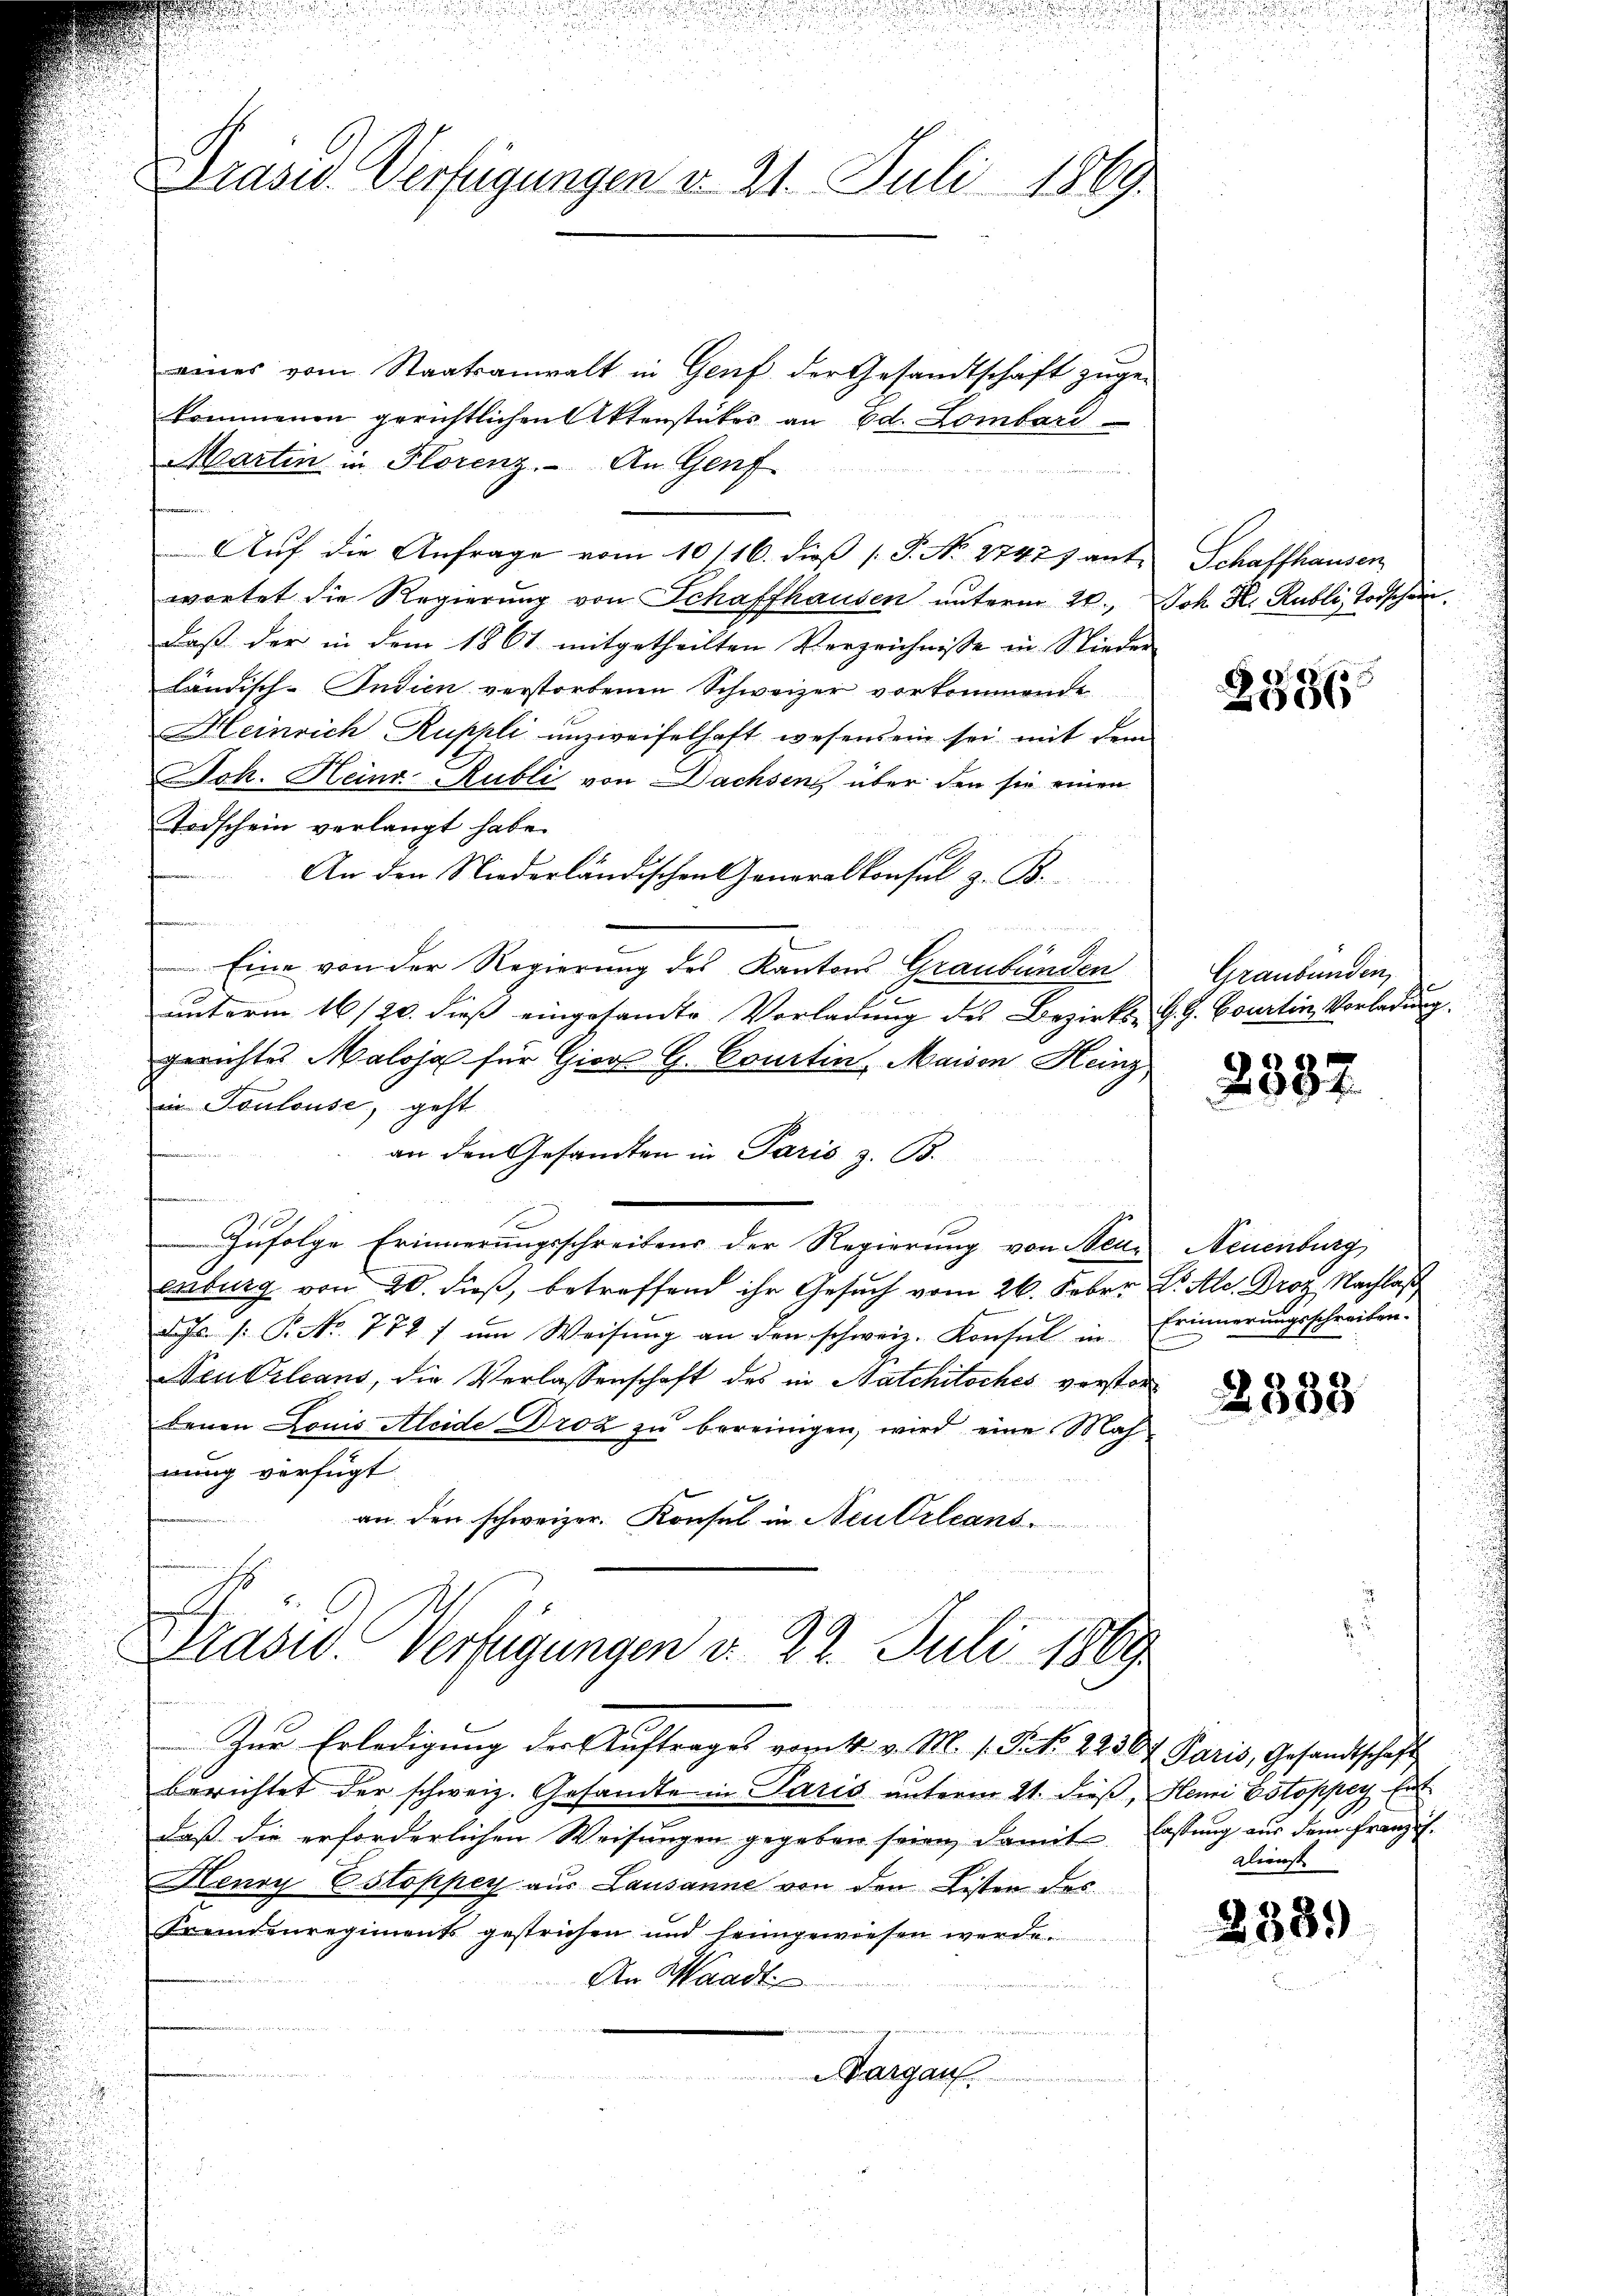
Präsid. Verfügungen v. 21. Juli 1869.

eines vom Staatsanwalt in Genf der Gesandtschaft zuge-
kommenen gerichtlichen Aktenstückes an Ed. Lombard
Martin in Florenz. An Genf
Auf die Anfrage vom 10/16. dieß [P. No 2747) ant
wortet die Regierung von Schaffhausen unterm 20.
daß der in dem 1861 mitgetheilten Verzeichnisse in Nieder
ländisch-Indien verstorbenen Schweizer vorkommende
Heinrich Ruppli unzweifelhaft wesens ein sei mit dem
Joh. Heinr. Rubli von Dachsen über den sie einen
Todschein verlangt habe.
An den Niederländischen Generalkonsul z. B.
e

Eine von der Regierung des Kantons Graubünden
unterm 16/20. dieß eingesandte Vorladung des Bezirks-
gerichtes Maloja für Gior G. Courtin, Maison Heinz
in Toulouse, geht
an den Gesandten in Paris z. B.
e
Zŭfolge Erinnerungsschreibens der Regierŭng von Neu- Neuenburg
enburg von 20. dieß, betreffend ihr Gesuch vom 26. Feber
d. Js. s. P. Nr. 778 f ŭm Weisŭng an den schweiz. Konsul in
Neu Orleans, die Verlassenschaft des in Natchitsches verstorbenen Louis Aleide Droz zu bereinigen, wird eine Mah
nung verfügt
an. den schweizer. Konsul in Neu Orleans
Präsid. Verfügungen d. 22. Juli 1869
Zur Erledigung der Auftrages vom 4. v. M. 1. P. Nr. 2236. Paris, Gesandtschaft
berichtet der schweiz. Gesandte in Paris unterm 21. dieß, Hemi Estopper Ei
daß die erforderlichen Weisungen gegeben seien, damit Fassung aus dem franzis
Henry Ostoppey aus Lausanne von den Listen des
Fremdenregiments gestrichen und heimgewiesen werde.
An Waadt
augen.

Schaffhausen,
Joh. Hr. Publi, Vorschein.

2586

Graubünden
G. G. Courtin Vorladung

2882

S. M. Droz. Nachlas
Erinnerungsschreiben.

2333

glienst

2339)